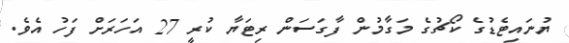
ޔުނައިޓެޑުގެ ކޯޗުގެ މަގާމުން ފާގަސަން ރިޓަޔާ ކުރީ 27 އަހަރަށް ފަހު އެވެ.